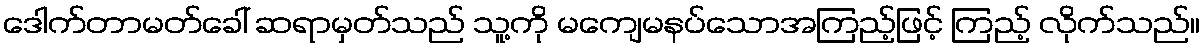
ဒေါက်တာမတ်ခေါ် ဆရာမှတ်သည် သူ့ကို မကျေမနပ်သောအကြည့်ဖြင့် ကြည့် လိုက်သည်။